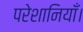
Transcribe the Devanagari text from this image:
परेशानियाँ।